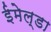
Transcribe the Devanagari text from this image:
ईमेल्डा